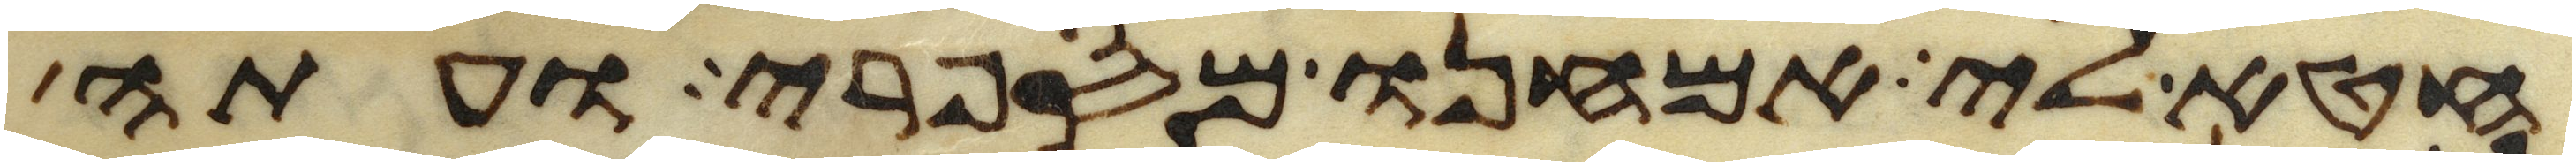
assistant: חטא לי אמחנו מספרי ועתה